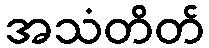
အသံတိတ်